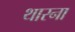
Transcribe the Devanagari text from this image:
थारना